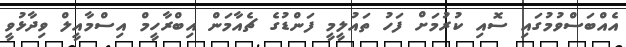
އެއްބަސްވުމުގައި ސޮއި ކުރުމަށް ފަހު ތައުލީމީ ފަންޑުގެ ޗެއާމަން އިބްރާހީމް އިސްމާއީލް ވިދާޅުވީ